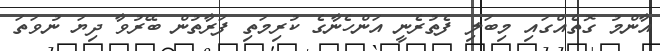
އާންމު ގޮތެއްގައި މިބަލި ފެތުރެނީ އަންހެނާގެ ކުރިމަތި ފަރާތުން ބޭރުވާ ދިޔަ ނުވަތަ